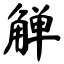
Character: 觯